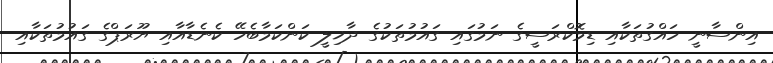
އިންސާނީ ހައްގުތަކާއި ޑިމޮކްރަސީގެ ނަމުގައި ގައުމުތަކުގެ ދާޚިލީ ކަންކަމާބެހޭ ކެނެޑާއާއި ޔޫރަޕްގެ ގައުމުތަކާއި